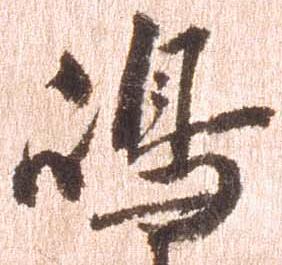
島